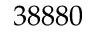
3 8 8 8 0